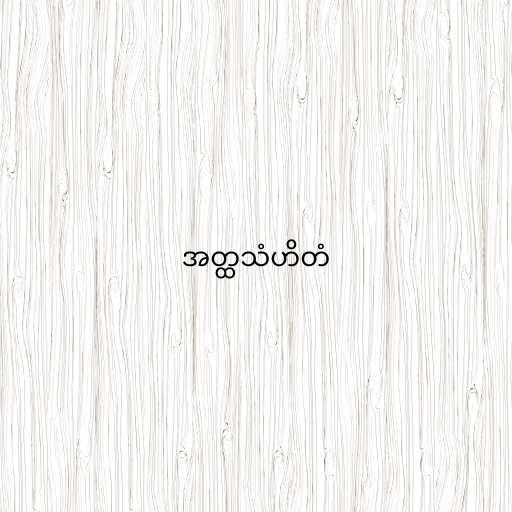
အတ္ထသံဟိတံ